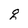
Character: g